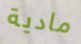
مادية